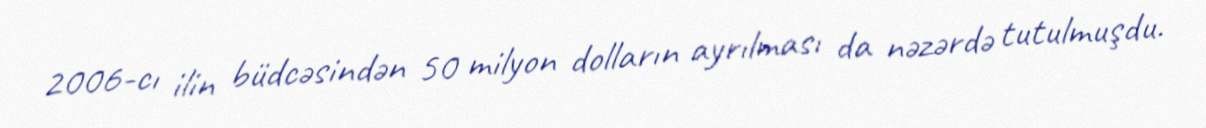
2006-cı ilin büdcəsindən 50 milyon dolların ayrılması da nəzərdə tutulmuşdu.